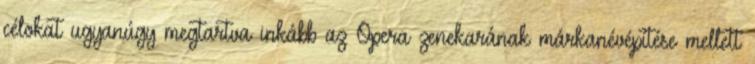
célokat ugyanúgy megtartva inkább az Opera zenekarának márkanévépítése mellett